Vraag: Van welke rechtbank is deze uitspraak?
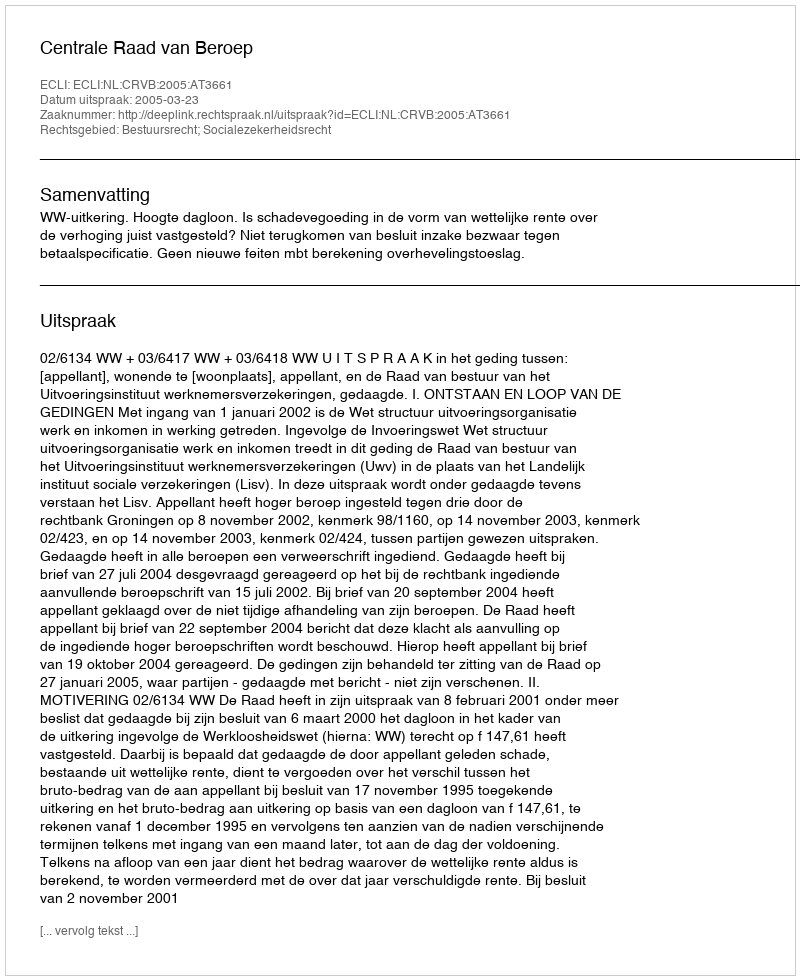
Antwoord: Centrale Raad van Beroep